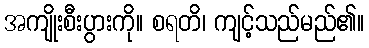
အကျိုးစီးပွားကို။ စရတိ၊ ကျင့်သည်မည်၏။